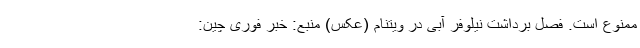
ممنوع است. فصل برداشت نیلوفر آبی در ویتنام (عکس) منبع: خبر فوری چین: